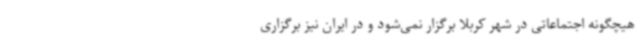
هیچگونه اجتماعاتی در شهر کربلا برگزار نمی‌شود و در ایران نیز برگزاری